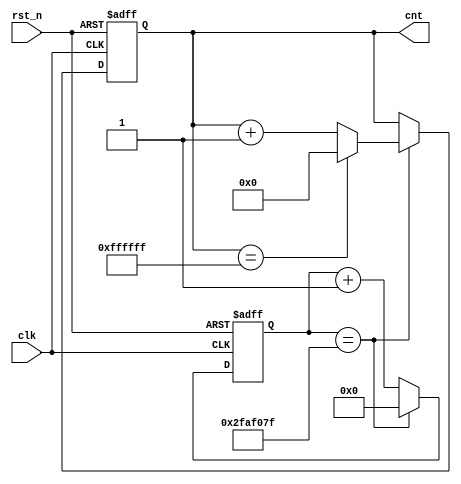
// counter from 0x000000 ~ 0xffffff

module counter
#(
    parameter CNT_MAX = 'h1000000, // 0 ~ 0xffffff
    parameter SYS_CLK = 'd50_000_000 // default to 50MHz
)
(
    input clk,
    input rst_n,
    output reg [23:0] cnt
);

    reg [31:0] inc;

    always @ (posedge clk or negedge rst_n) begin
        if (! rst_n) begin
            cnt <= 24'b0;
            inc <= 32'b0;
        end else begin
            if (inc == (SYS_CLK - 1)) begin
                inc <= 32'b0;
                if (cnt == (CNT_MAX -1))
                    cnt <= 24'b0;
                else
                    cnt <= cnt + 1;
            end else begin
                inc <= inc + 1;
            end
        end
    end

endmodule